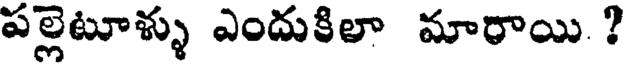
పల్లెటూళ్ళు ఎందుకిలా మారాయి. ?